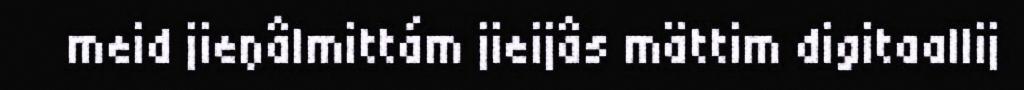
meid jieŋâlmittám jieijâs mättim digitaallij